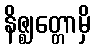
နိဇ္ဈတ္တောမှိ